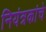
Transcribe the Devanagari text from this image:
नियंत्रकांचे